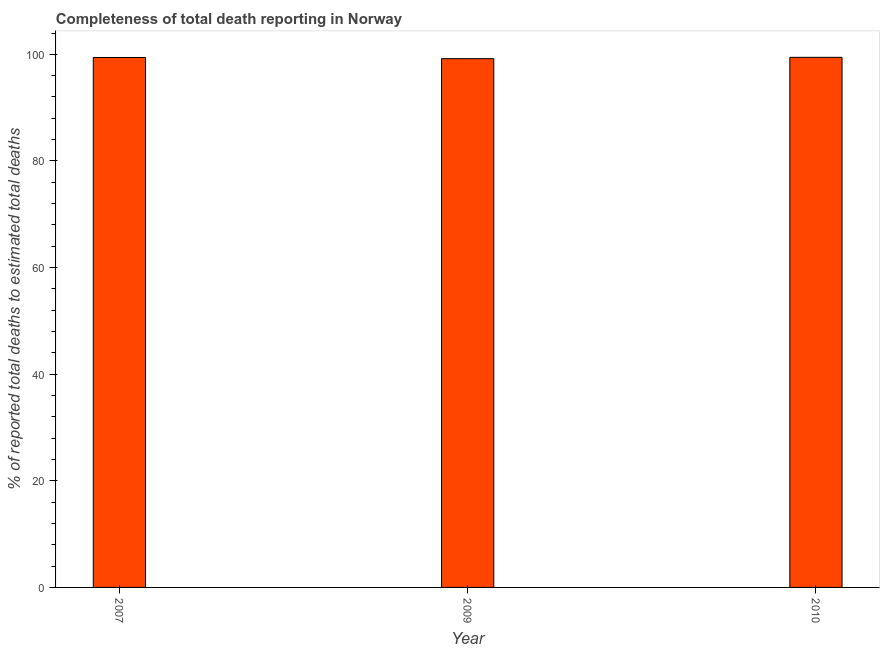
| Year | Completeness of total death reporting  |
 | --- | --- |
 | 2007 | 99.4 |
 | 2009 | 99.2 |
 | 2010 | 99.4 |